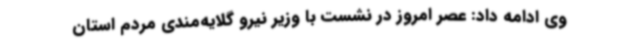
وی ادامه داد: عصر امروز در نشست با وزیر نیرو گلایه‌مندی مردم استان